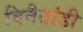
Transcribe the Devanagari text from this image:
विनैतांडी